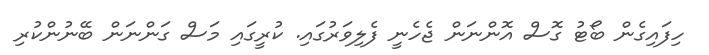
ހިފައިގެން ބޯޓު ގޮސް އޮންނަން ޖެހެނީ ފެލިވަރުގައި. ކުރީގައި މަސް ގަންނަން ބޭނުންކުރި